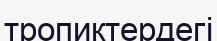
тропиктердегі